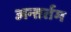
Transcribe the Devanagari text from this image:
अन्तर्तम